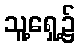
သူ့ရှေ့၌